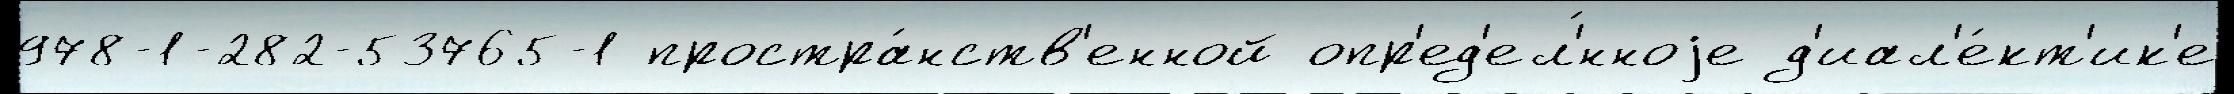
978-1-282-53765-1 простра́нств'енной опр'ед'ел'́нноjе д'иал'е́кт'ик'е